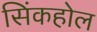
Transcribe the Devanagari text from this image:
सिंकहोल